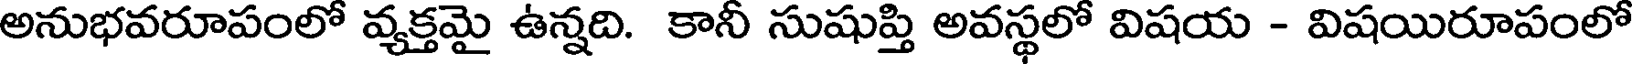
అనుభవరూపంలో వ్యక్తమై ఉన్నది. కానీ సుషుప్తి అవస్థలో విషయ - విషయిరూపంలో